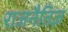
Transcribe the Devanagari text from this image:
राजनैतिज्ञ